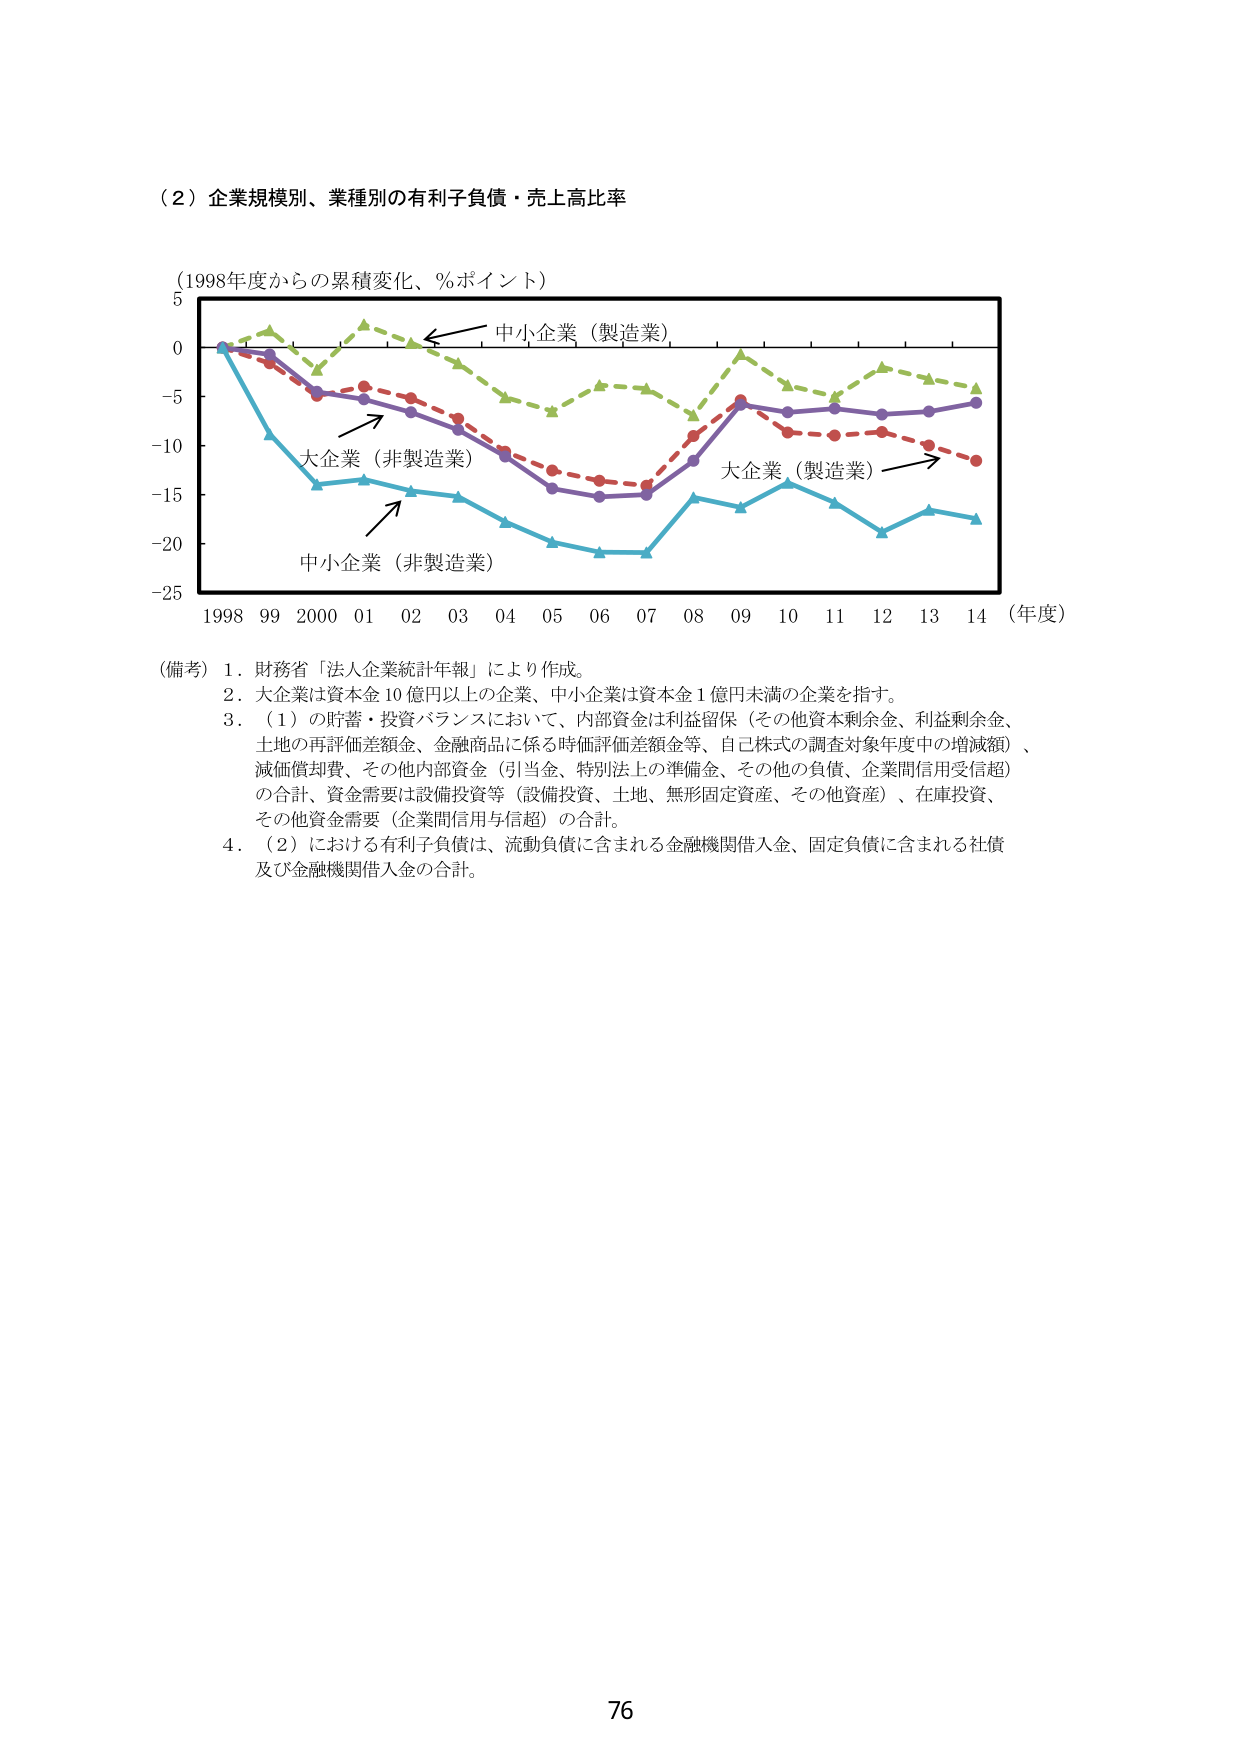
（２）企業規模別、業種別の有利子負債・売上高比率

（1998年度からの累積変化、％ポイント）

中小企業（製造業）

大企業（非製造業）

大企業（製造業）

中小企業（非製造業）

1998 99 2000 01 02 03 04 05 06 07 08 09 10 11 12 13 14 （年度）

（備考）1．財務省「法人企業統計年報」により作成。
2．大企業は資本金10億円以上の企業、中小企業は資本金1億円未満の企業を指す。
3．（1）の貯蓄・投資バランスにおいて、内部資金は利益留保（その他資本剰余金、利益剰余金、土地の再評価差額金、金融商品に係る時価評価差額金等、自己株式の調査対象年度中の増減額）、減価償却費、その他内部資金（引当金、特別法上の準備金、その他の負債、企業間信用受信超）の合計、資金需要は設備投資等（設備投資、土地、無形固定資産、その他資産）、在庫投資、その他資金需要（企業間信用与信超）の合計。
4．（2）における有利子負債は、流動負債に含まれる金融機関借入金、固定負債に含まれる社債及び金融機関借入金の合計。

76